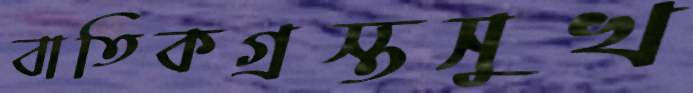
বাতিকগ্রস্তসুখ